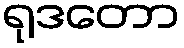
ရုဒတော